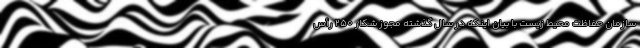
سازمان حفاظت محیط زیست با بیان اینکه در سال گذشته مجوز شکار ۲۵۰ رأس